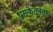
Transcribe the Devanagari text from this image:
धूमकेतूनंतर